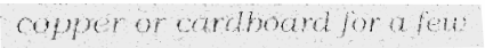
copper or cardboard for a few